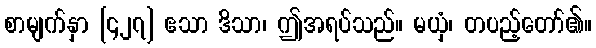
စာမျက်နှာ [၄၂၇] ဧသာ ဒိသာ၊ ဤအရပ်သည်။ မယှံ၊ တပည့်တော်၏။